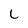
Character: L